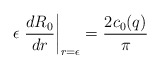
\begin{align*}\epsilon \left.{d R_0\over dr}\right|_{r=\epsilon} ={2 c_0(q)\over \pi}\end{align*}